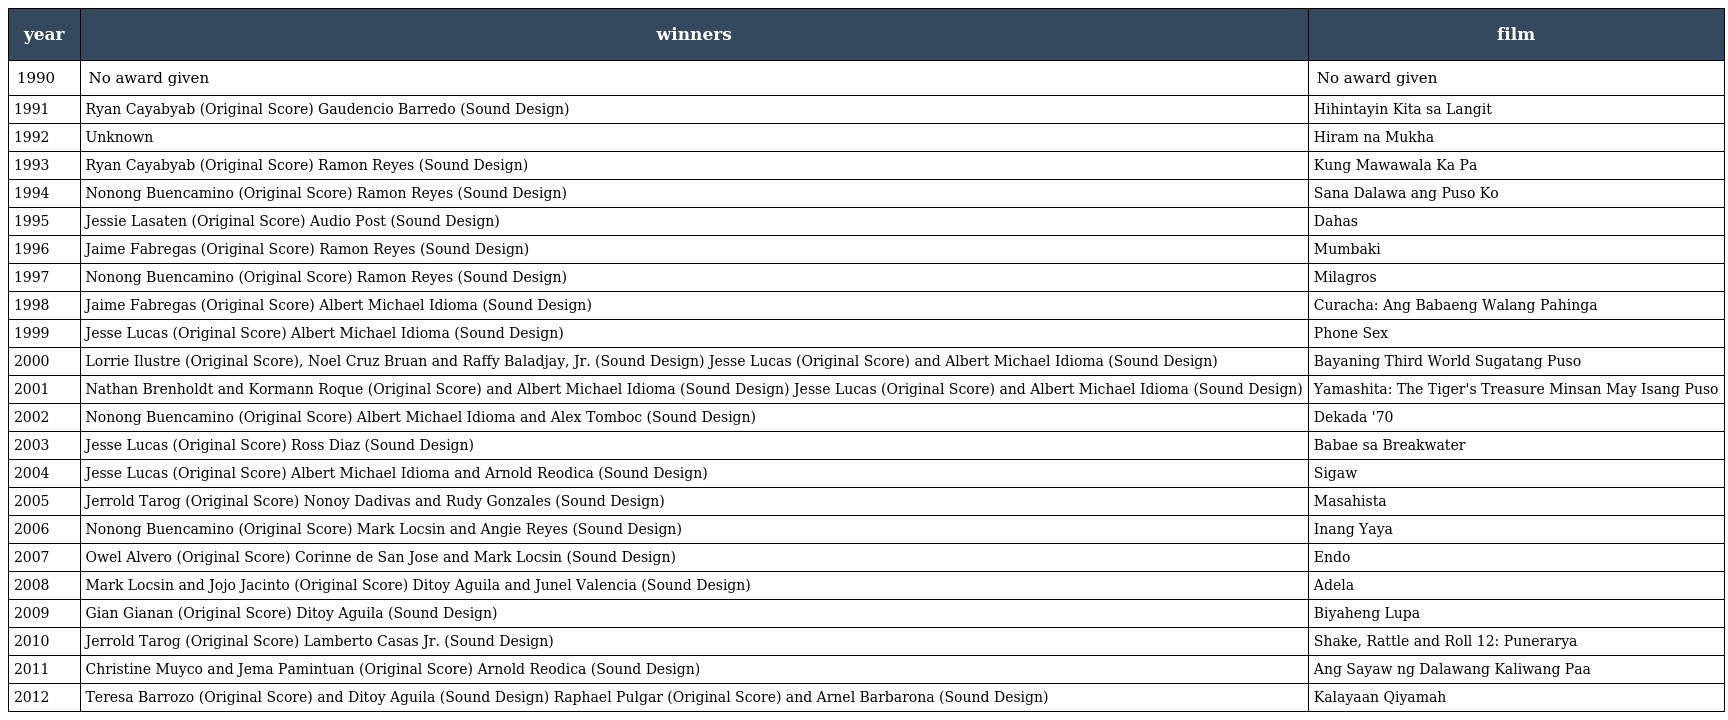
| year | winners | film |
 | --- | --- | --- |
 | 1990 | No award given | No award given |
 | 1991 | Ryan Cayabyab (Original Score) Gaudencio Barredo (Sound Design) | Hihintayin Kita sa Langit |
 | 1992 | Unknown | Hiram na Mukha |
 | 1993 | Ryan Cayabyab (Original Score) Ramon Reyes (Sound Design) | Kung Mawawala Ka Pa |
 | 1994 | Nonong Buencamino (Original Score) Ramon Reyes (Sound Design) | Sana Dalawa ang Puso Ko |
 | 1995 | Jessie Lasaten (Original Score) Audio Post (Sound Design) | Dahas |
 | 1996 | Jaime Fabregas (Original Score) Ramon Reyes (Sound Design) | Mumbaki |
 | 1997 | Nonong Buencamino (Original Score) Ramon Reyes (Sound Design) | Milagros |
 | 1998 | Jaime Fabregas (Original Score) Albert Michael Idioma (Sound Design) | Curacha: Ang Babaeng Walang Pahinga |
 | 1999 | Jesse Lucas (Original Score) Albert Michael Idioma (Sound Design) | Phone Sex |
 | 2000 | Lorrie Ilustre (Original Score), Noel Cruz Bruan and Raffy Baladjay, Jr. (Sound Design) Jesse Lucas (Original Score) and Albert Michael Idioma (Sound Design) | Bayaning Third World Sugatang Puso |
 | 2001 | Nathan Brenholdt and Kormann Roque (Original Score) and Albert Michael Idioma (Sound Design) Jesse Lucas (Original Score) and Albert Michael Idioma (Sound Design) | Yamashita: The Tiger's Treasure Minsan May Isang Puso |
 | 2002 | Nonong Buencamino (Original Score) Albert Michael Idioma and Alex Tomboc (Sound Design) | Dekada '70 |
 | 2003 | Jesse Lucas (Original Score) Ross Diaz (Sound Design) | Babae sa Breakwater |
 | 2004 | Jesse Lucas (Original Score) Albert Michael Idioma and Arnold Reodica (Sound Design) | Sigaw |
 | 2005 | Jerrold Tarog (Original Score) Nonoy Dadivas and Rudy Gonzales (Sound Design) | Masahista |
 | 2006 | Nonong Buencamino (Original Score) Mark Locsin and Angie Reyes (Sound Design) | Inang Yaya |
 | 2007 | Owel Alvero (Original Score) Corinne de San Jose and Mark Locsin (Sound Design) | Endo |
 | 2008 | Mark Locsin and Jojo Jacinto (Original Score) Ditoy Aguila and Junel Valencia (Sound Design) | Adela |
 | 2009 | Gian Gianan (Original Score) Ditoy Aguila (Sound Design) | Biyaheng Lupa |
 | 2010 | Jerrold Tarog (Original Score) Lamberto Casas Jr. (Sound Design) | Shake, Rattle and Roll 12: Punerarya |
 | 2011 | Christine Muyco and Jema Pamintuan (Original Score) Arnold Reodica (Sound Design) | Ang Sayaw ng Dalawang Kaliwang Paa |
 | 2012 | Teresa Barrozo (Original Score) and Ditoy Aguila (Sound Design) Raphael Pulgar (Original Score) and Arnel Barbarona (Sound Design) | Kalayaan Qiyamah |